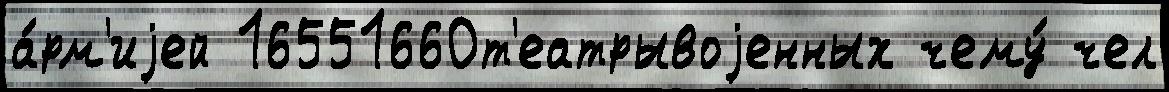
а́рм'иjей 16551660т'еатрывоjенных чему́ чел